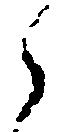
之